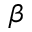
\beta